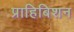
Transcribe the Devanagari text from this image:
प्राहिबिशन